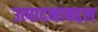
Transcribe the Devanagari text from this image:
उत्पादनाबद्दल